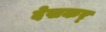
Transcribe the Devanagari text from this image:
देखकर्